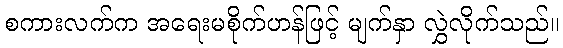
စကားလက်က အရေးမစိုက်ဟန်ဖြင့် မျက်နှာ လွှဲလိုက်သည်။